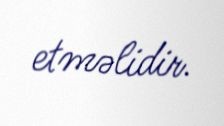
etməlidir.